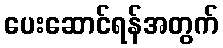
ပေးဆောင်ရန်အတွက်